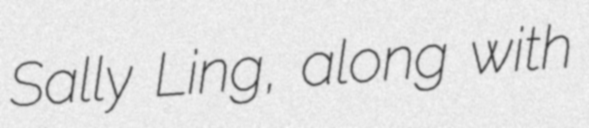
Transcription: Sally Ling, along with